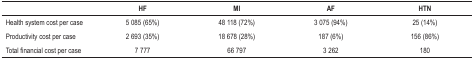
|  | HF | MI | AF | HTN |
 | --- | --- | --- | --- | --- |
 | Health system cost per case | 5 085 (65%) | 48 118 (72%) | 3 075 (94%) | 25 (14%) |
 | Productivity cost per case | 2 693 (35%) | 18 678 (28%) | 187 (6%) | 156 (86%) |
 | Total financial cost per case | 7 777 | 66 797 | 3 262 | 180 |